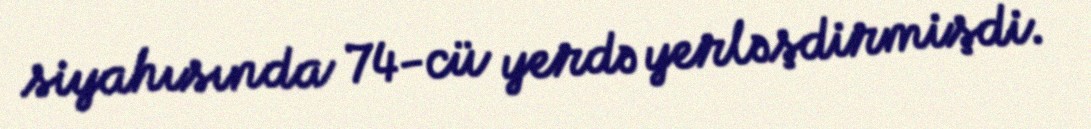
siyahısında 74-cü yerdə yerləşdirmişdi.